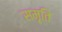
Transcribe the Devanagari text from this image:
सम़ृति